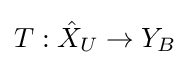
T:{\hat {X}}_{U}\to Y_{B}